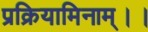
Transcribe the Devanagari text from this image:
प्रक्रियामिनाम्।।